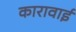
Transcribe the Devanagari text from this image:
कारावाई